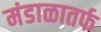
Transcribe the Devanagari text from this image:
मंडाळातर्फ